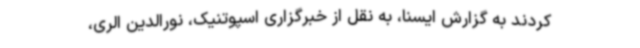
کردند به گزارش ایسنا، به نقل از خبرگزاری اسپوتنیک، نورالدین الری،